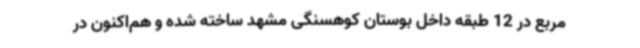
مربع در 12 طبقه داخل بوستان کوهسنگی مشهد ساخته‌ شده و هم‌اکنون در